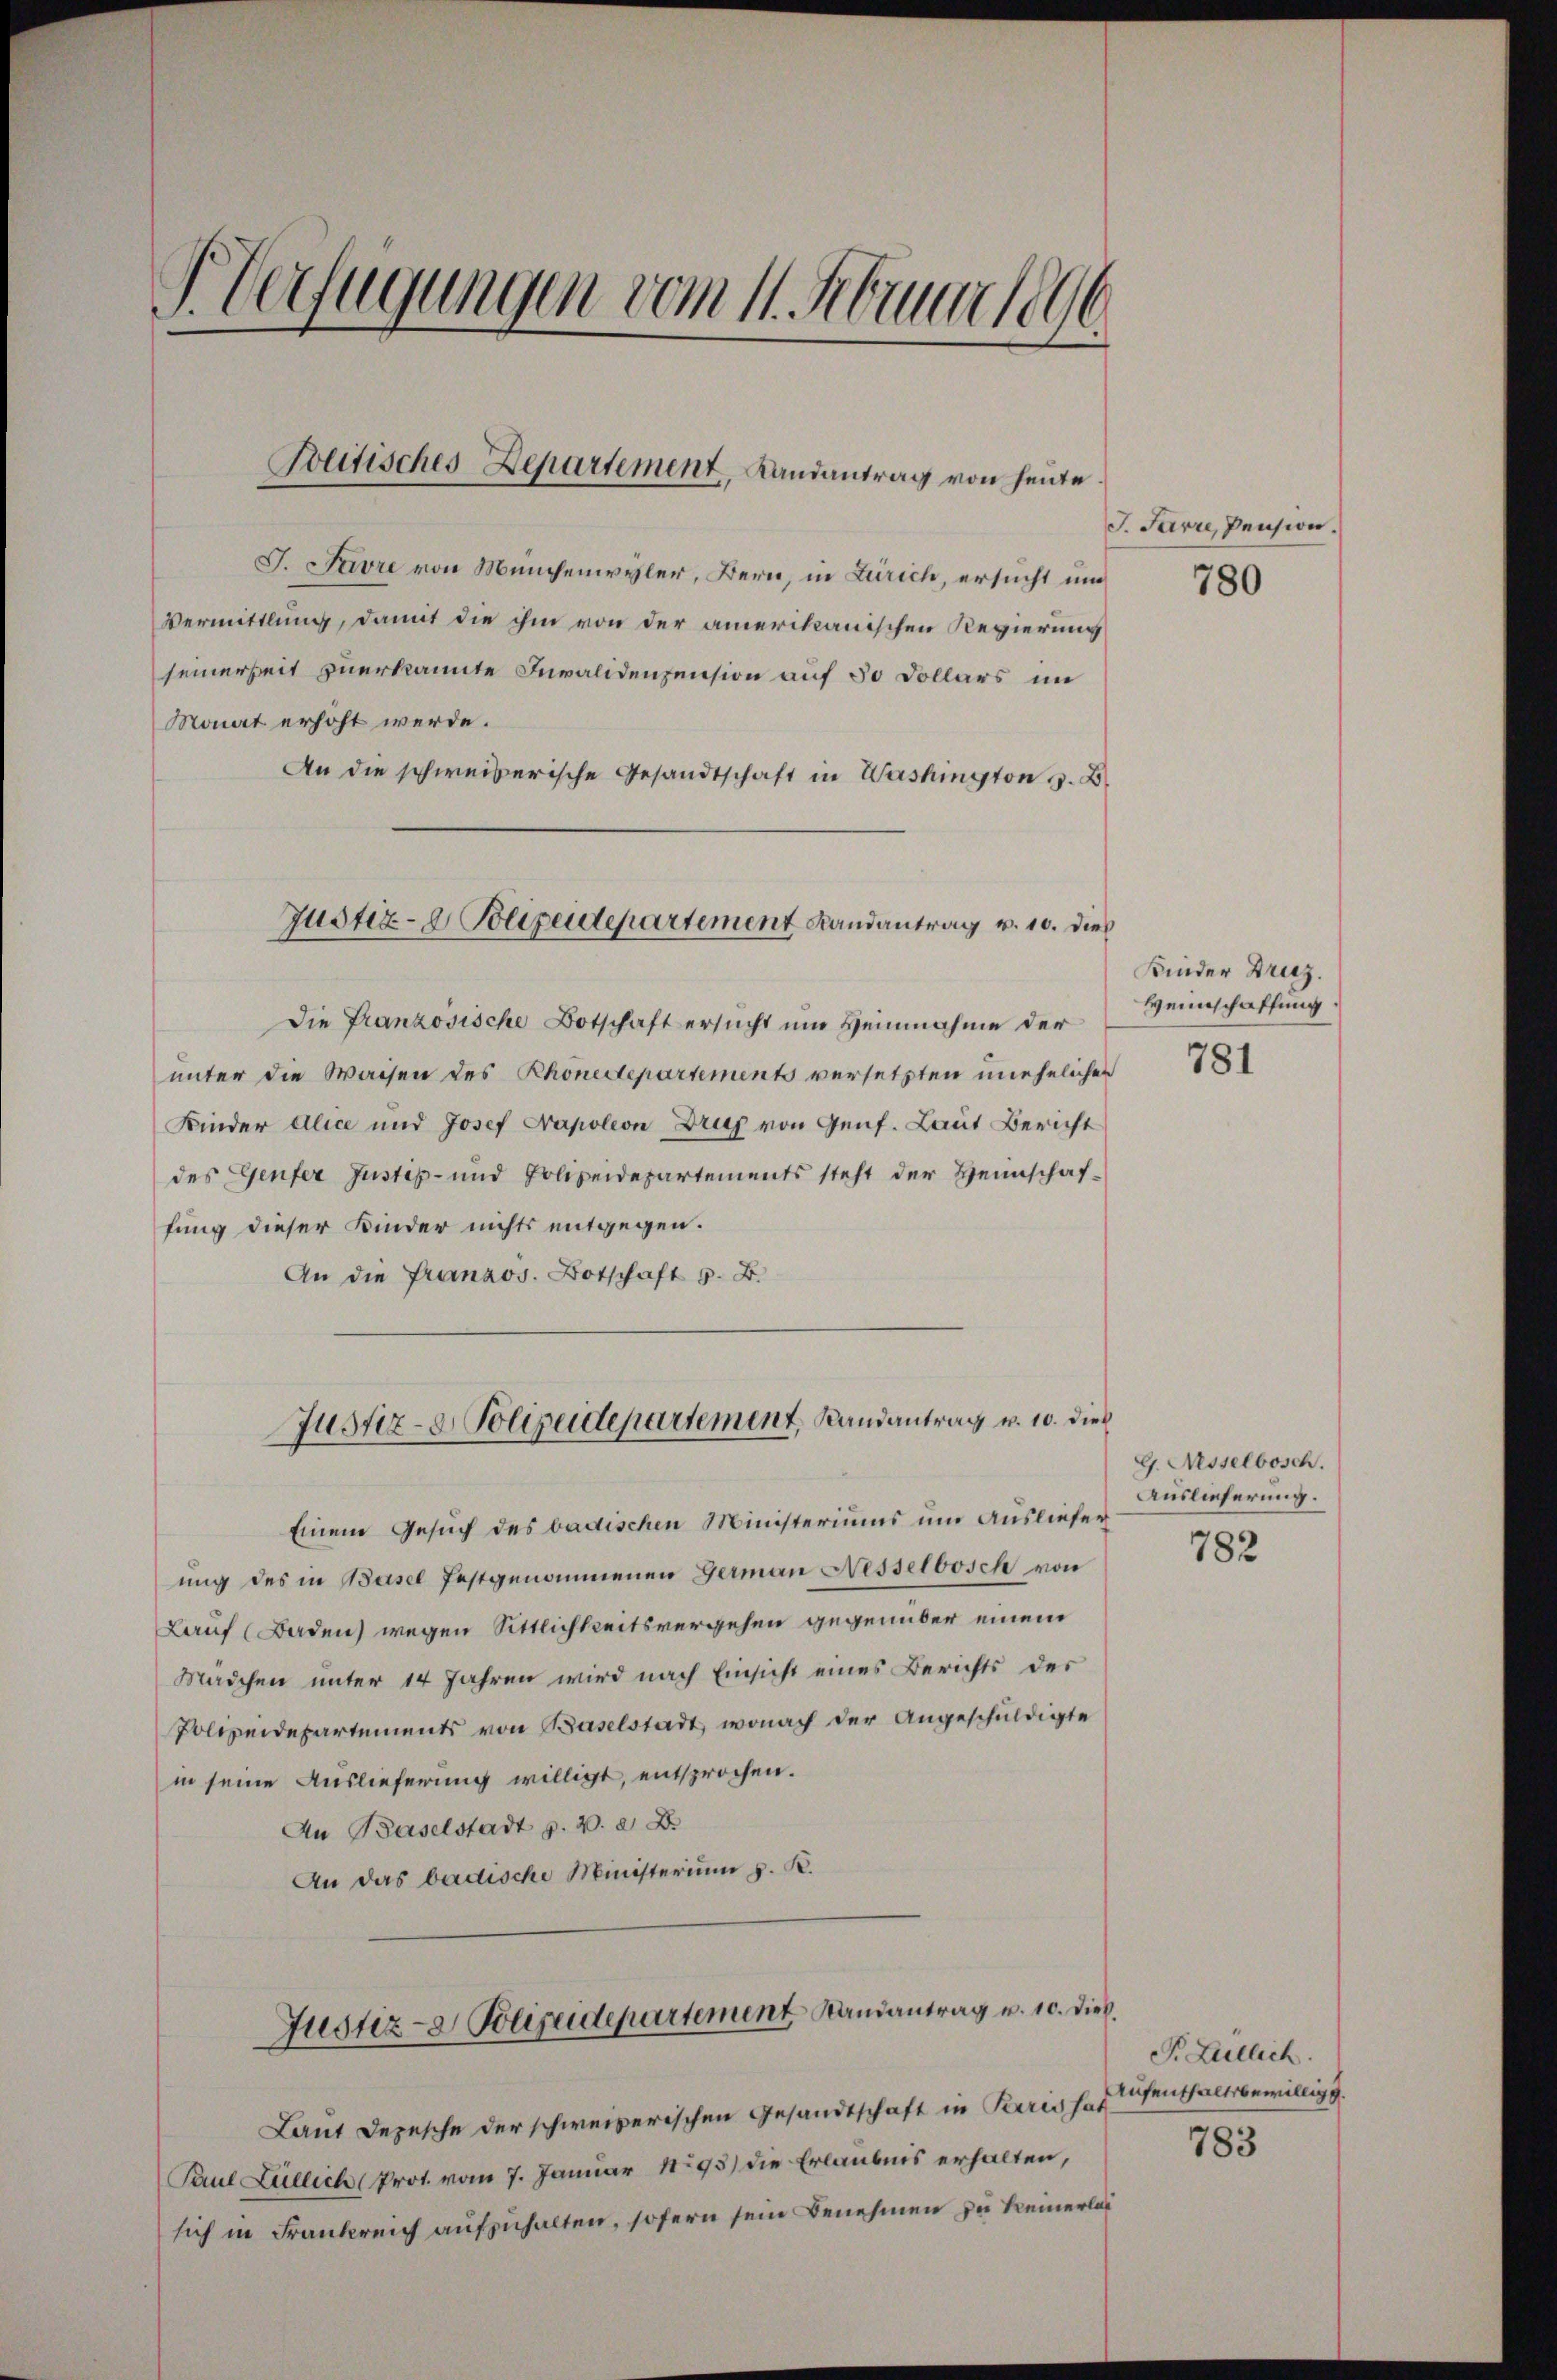
V Verfügungen vom 11. Februar 19

Politisches Departement, Landantrag von heute

Justiz- & Polizeidepartement Landantrag v. 10. die

J. Favre von Münchenwyler, Bern, in Zürich, ersucht und
Vermittlung, damit die ihm von der amerikanischen Regierung
seinerseit zuerkannte Invalidensension auf 30 Dollars im
Monat erhöht werde.
An die schweizerische Gesandtschaft in Washington z. B.
Die Französische Botschaft ersucht um Heinnahme der
unter die Waisen des Rhonedepartements versetzten unehelichen
Kinder Alice und Josef Napoleon Druf von Genf. Laut Bericht
des Genfer Justiz- und Polizeidepartements steht der Heimschaf-
fung dieser Kinder nichts entgegen.
An die Franzos. Botschaft z. B.
Justiz- & Polizeidepartement, Randantrag v. 10. dies
Einen Gesuch des badischen Ministeriums um Ausliefer
ung des in Basel festgenommenen Germann Nesselbosch von
Lauf (Baden wegen Sittlichkeitsvergehen gegenüber einem
Mädchen unter 14 Jahren wird nach Einsicht eines Berichts des
Polizeidepartements von Baselstadt, wonach der Angeschuldigte
in seine Auslieferung willigt, entsprochen.
An Baselstadt p. v. a. D.
An das badische Ministerium d. K.
Justiz- & Polizeidepartement Randantrag u. 10. Dies
Laut Depesche der schweizerischen Gesandtschaft in Paris hat
Paul Lullich (Prot. vom 7. Januar 1893) die Erlaubnis erhalten,
sich in Frankreich aufzuhalten, sofern sein Benehmen zu keinerlas

J. Parre, Pension.

780

Kinder Druz.
Weinschaffung.

781

G. Nesselbosch.
Auslieferung.
782

P. Leitlich.
Aufenthaltsbewillige
783